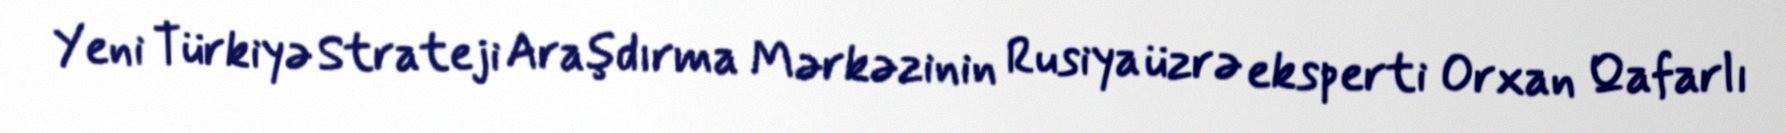
Yeni Türkiyə Strateji Araşdırma Mərkəzinin Rusiya üzrə eksperti Orxan Qafarlı